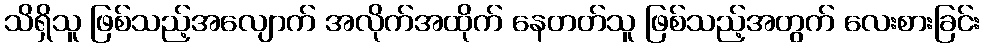
သိရှိသူ ဖြစ်သည့်အလျောက် အလိုက်အထိုက် နေတတ်သူ ဖြစ်သည့်အတွက် လေးစားခြင်း